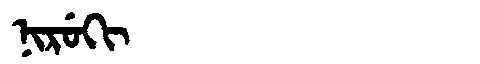
Manchu: ᠨᡳᡵᡠᡴᡳ
Romanization: NIRUKI